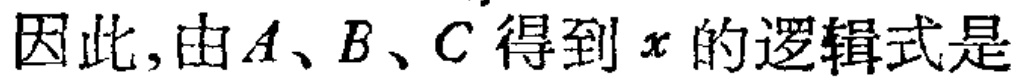
因此,由\(A、B、C\)得到\(x\)的逻辑式是